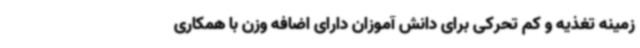
زمینه تغذیه و کم تحرکی برای دانش آموزان دارای اضافه وزن با همکاری